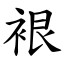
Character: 裉